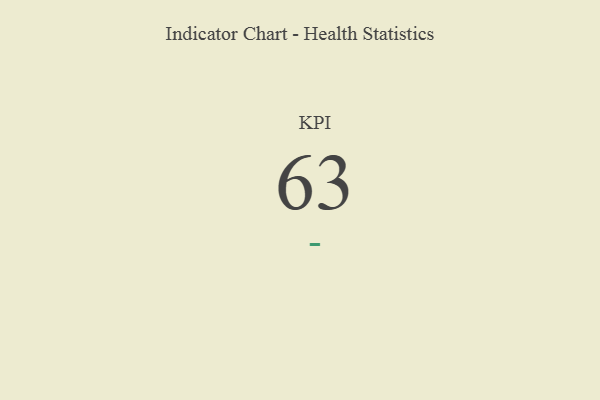
{"axis": {"x": "KPI", "y": "Value"}, "legend": [""], "data": [{"x": "KPI", "y": 63, "type": ""}]}